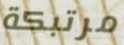
مرتبكة